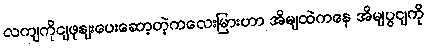
လကျကိုငျဖုနျးပေးဆော့တဲ့ကလေးမြားဟာ အိမျထဲကနေ အိမျပွငျကို